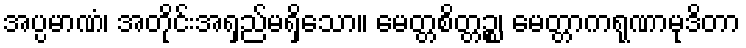
အပ္ပမာဏံ၊ အတိုင်းအရှည်မရှိသော။ မေတ္တစိတ္တဉ္စ၊ မေတ္တာကရုဏာမုဒိတာ